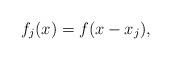
LaTeX: \begin{align*}f_j(x) = f(x - x_j),\end{align*}